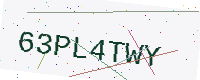
Text: 63PL4TWY